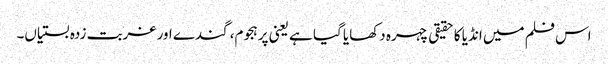
اس فلم میں انڈیا کا حقیقی چہرہ دکھایا گیا ہے یعنی پرہجوم، گندے اور غربت زدہ بستیاں۔